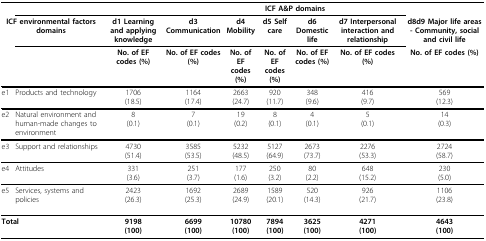
<table><thead><tr><td colspan="2"></td><td colspan="7"><b>ICF A&amp;P domains</b></td></tr><tr><td colspan="2"><b>ICF environmental factors domains</b></td><td><b>d1 Learning and applying knowledge</b></td><td><b>d3 Communication</b></td><td><b>d4 Mobility</b></td><td><b>d5 Self care</b></td><td><b>d6 Domestic life</b></td><td><b>d7 Interpersonal interaction and relationship</b></td><td><b>d8d9 Major life areas - Community, social and civil life</b></td></tr><tr><td colspan="2"></td><td><b>No. of EF codes (%)</b></td><td><b>No. of EF codes (%)</b></td><td><b>No. of EF codes (%)</b></td><td><b>No. of EF codes (%)</b></td><td><b>No. of EF codes (%)</b></td><td><b>No. of EF codes (%)</b></td><td><b>No. of EF codes (%)</b></td></tr></thead><tbody><tr><td>e1</td><td>Products and technology</td><td>1706(18.5)</td><td>1164(17.4)</td><td>2663(24.7)</td><td>920(11.7)</td><td>348(9.6)</td><td>416(9.7)</td><td>569(12.3)</td></tr><tr><td>e2</td><td>Natural environment and human-made changes to environment</td><td>8(0.1)</td><td>7(0.1)</td><td>19(0.2)</td><td>8(0.1)</td><td>4(0.1)</td><td>5(0.1)</td><td>14(0.3)</td></tr><tr><td>e3</td><td>Support and relationships</td><td>4730(51.4)</td><td>3585(53.5)</td><td>5232(48.5)</td><td>5127(64.9)</td><td>2673(73.7)</td><td>2276(53.3)</td><td>2724(58.7)</td></tr><tr><td>e4</td><td>Attitudes</td><td>331(3.6)</td><td>251(3.7)</td><td>177(1.6)</td><td>250(3.2)</td><td>80(2.2)</td><td>648(15.2)</td><td>230(5.0)</td></tr><tr><td>e5</td><td>Services, systems and policies</td><td>2423(26.3)</td><td>1692(25.3)</td><td>2689(24.9)</td><td>1589(20.1)</td><td>520(14.3)</td><td>926(21.7)</td><td>1106(23.8)</td></tr><tr><td colspan="2"><b>Total</b></td><td><b>9198</b><b>(100)</b></td><td><b>6699</b><b>(100)</b></td><td><b>10780</b><b>(100)</b></td><td><b>7894</b><b>(100)</b></td><td><b>3625</b><b>(100)</b></td><td><b>4271</b><b>(100)</b></td><td><b>4643</b><b>(100)</b></td></tr></tbody></table>